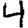
Digit: 4